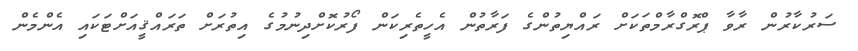
ސަރުކާރުން ރާވާ ޕްރޮގްރާމްތަކަށް ރައްޔިތުންގެ ފަރާތުން އެހީތެރިކަން ފޯރުކޮށްދިނުމުގެ އިތުރަށް ތަރައްޤީއަށްޓަކައި އެންމެން